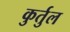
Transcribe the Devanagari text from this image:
कुर्तुल